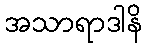
အသာရာဒါနိ